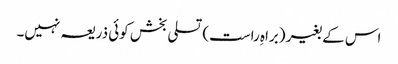
اس کے بغیر (براہِ راست) تسلی بخش کوئی ذریعہ نہیں۔